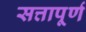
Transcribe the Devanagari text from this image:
सत्तापूर्ण